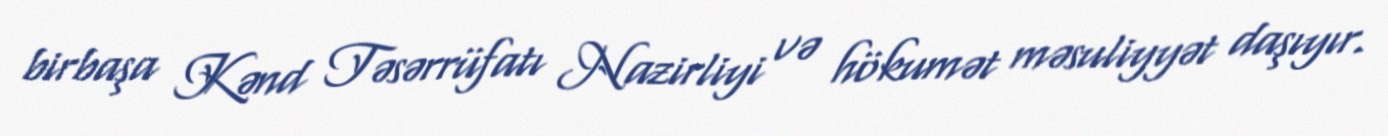
birbaşa Kənd Təsərrüfatı Nazirliyi və hökumət məsuliyyət daşıyır.